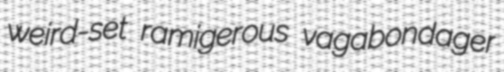
weird-set ramigerous vagabondager